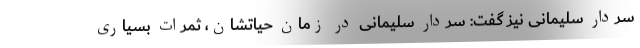
سردار سلیمانی نیز گفت: سردار سلیمانی در زمان حیاتشان، ثمرات بسیاری